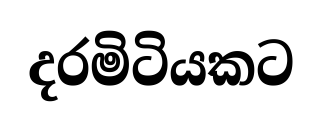
දරමිටියකට